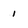
Character: 1